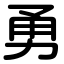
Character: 勇